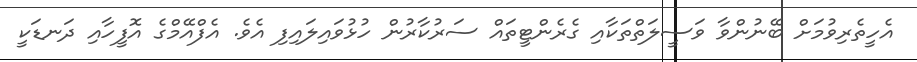
އެހީތެރިވުމަށް ބޭނުންވާ ވަސީލަތްތަކާއި ގެރެންޓީތައް ސަރުކާރުން ހުޅުވައިލައިފި އެވެ. އެފްއޭމްގެ އޮފީހާއި ދަނޑަކީީ